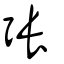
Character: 張